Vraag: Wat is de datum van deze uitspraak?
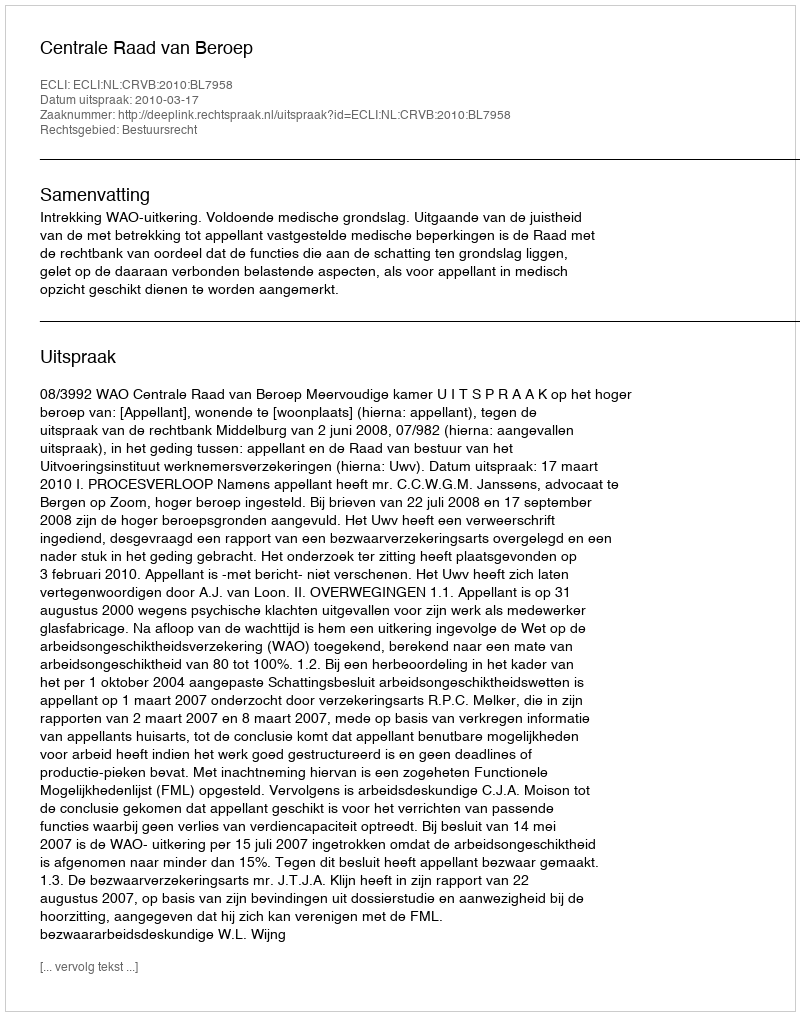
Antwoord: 2010-03-17